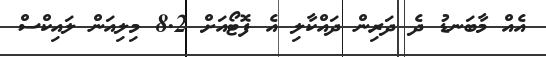
އެއް މާބަނޑު ދެ ދަރިން ދައްކާލި އެ ފޮޓޯއަށް 8.2 މިލިއަން ލައިކްސް